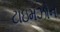
ટાઇમઝોન